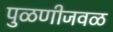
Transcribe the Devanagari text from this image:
पुळणीजवळ